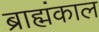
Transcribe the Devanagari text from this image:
ब्राह्मंकाल